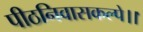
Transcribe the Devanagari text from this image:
पीठनिवासकल्पे।।